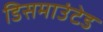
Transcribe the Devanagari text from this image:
डिसमाउंटेड